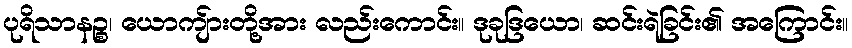
ပုရိသာနဉ္စ၊ ယောကျ်ားတို့အား လည်းကောင်း။ ဒုခုဒြယော၊ ဆင်းရဲခြင်း၏ အကြောင်း။